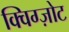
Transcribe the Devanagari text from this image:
क्विग्ज़ोट